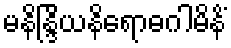
မနိန္ဒြိယနိရောဓဂါမိနိံ